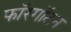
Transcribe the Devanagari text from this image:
फॉरगॉटन